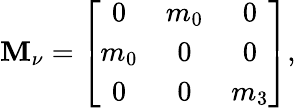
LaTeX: {\cal\mathbf{M}}_{\nu}=\left[\begin{array}{ccc}{{0}}&{{m_{0}}}&{{0}}\\ {{m_{0}}}&{{0}}&{{0}}\\ {{0}}&{{0}}&{{m_{3}}}\end{array}\right],